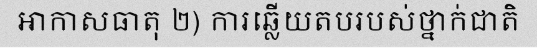
អាកាសធាតុ ២) ការឆ្លើយតបរបស់ថ្នាក់ជាតិ